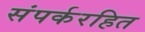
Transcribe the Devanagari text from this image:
संपर्करहित